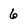
Character: 6